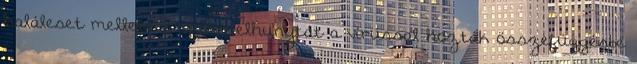
haláleset mellett 2 ember elhunytát a vírussal hozták összefüggésbe